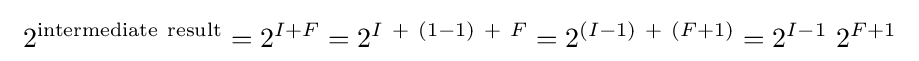
\ 2^{\mathrm {intermediate\ result} }=2^{I+F}=2^{I\ +\ (1-1)\ +\ F}=2^{(I-1)\ +\ (F+1)}=2^{I-1}\ 2^{F+1}\